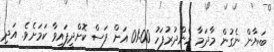
ބަޔާން ނެގުން މާދަމާ މެންދުރުފަހު 01:00 އަށް ފަސް ކޮށްދީފައިވާ ކަމަށެވެ. އަދި